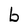
Character: b